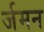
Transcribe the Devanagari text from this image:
र्जमन